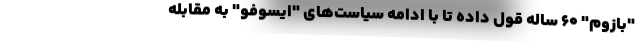
"بازوم" 60 ساله قول داده تا با ادامه سیاست‌های "ایسوفو" به مقابله